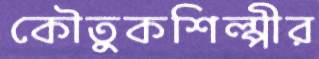
কৌতুকশিল্পীর